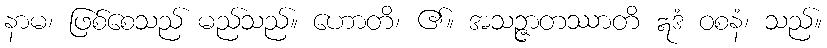
နာမ၊ ဖြစ်စေသည် မည်သည်။ ဟောတိ၊ ၏။ အသဉ္ဇာတဿာတိ ဣဒံ ဝစနံ၊ သည်။